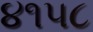
૪૧૫૮